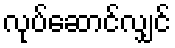
လုပ်ဆောင်လျှင်